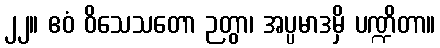
၂၂။ ဧဝံ ဝိသေသတော ဉတွာ၊ အပ္ပမာဒမှိ ပဏ္ဍိတာ။